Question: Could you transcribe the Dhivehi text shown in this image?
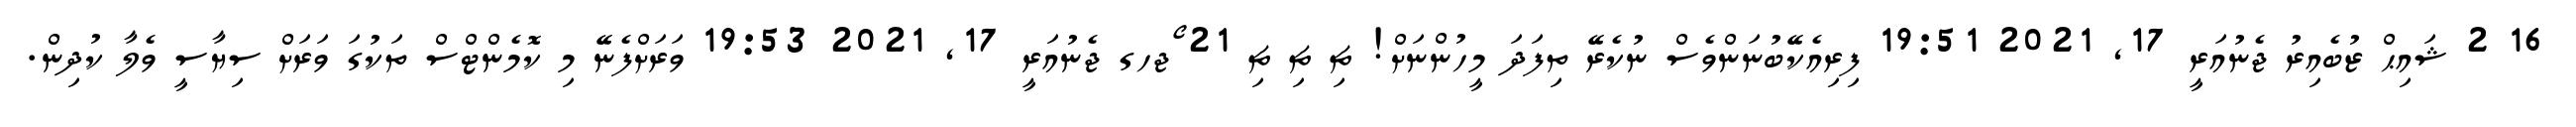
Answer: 16 2 ޝައިޙް ޒުބެއިރު ޖެނުއަރީ 17, 2021 19:51 ފިރިއެކޭބުނަންވެސް ނުކެރޭ ތިފަދަ މީހުންނަށް! ޗި ޗި ޗި 21 ޯޖހގ ޖެނުއަރީ 17, 2021 19:53 ވަރަށްފެނޭ މި ކޮމެންޓްސް ތަކުގަ ވަރަށް ސިޔާސީ ވެލާ ކުދިން.